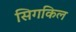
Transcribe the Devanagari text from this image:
सिगकिल